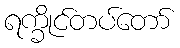
ရက္ခိုင်တပ်တော်